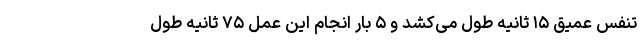
تنفس عمیق ۱۵ ثانیه طول می‌کشد و ۵ بار انجام این عمل ۷۵ ثانیه طول